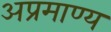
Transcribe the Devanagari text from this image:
अप्रमाण्‍य